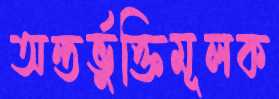
অন্তর্ভুক্তিমূলক